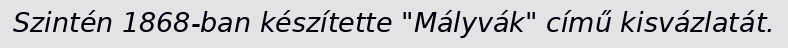
Szintén 1868-ban készítette "Mályvák" című kisvázlatát.